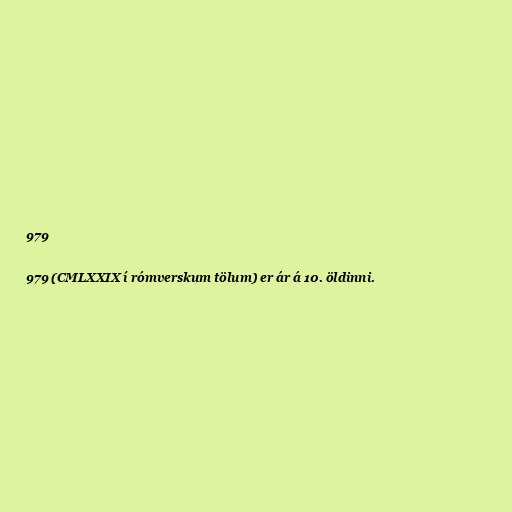
979

979 (CMLXXIX í rómverskum tölum) er ár á 10. öldinni.